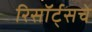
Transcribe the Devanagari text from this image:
रिसॉर्ट्सचे